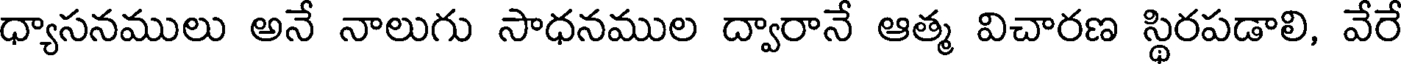
ధ్యాసనములు అనే నాలుగు సాధనముల ద్వారానే ఆత్మ విచారణ స్థిరపడాలి, వేరే